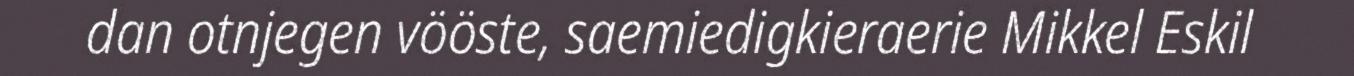
dan otnjegen vööste, saemiedigkieraerie Mikkel Eskil